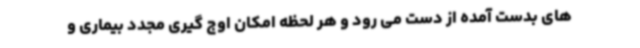
های بدست آمده از دست می رود و هر لحظه امکان اوج گیری مجدد بیماری و